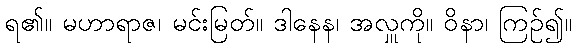
ရ၏။ မဟာရာဇ၊ မင်းမြတ်။ ဒါနေန၊ အလှူကို။ ဝိနာ၊ ကြဉ်၍။